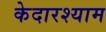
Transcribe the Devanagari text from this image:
केदारश्याम